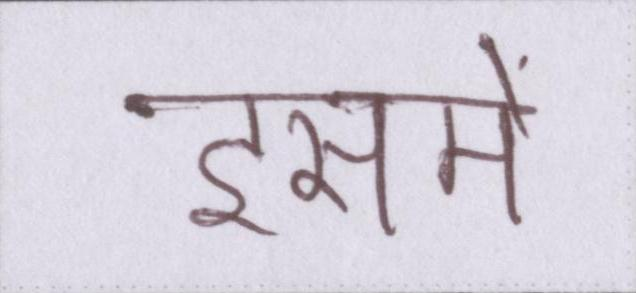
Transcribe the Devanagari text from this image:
इसमें